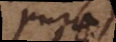
pura